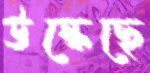
উস্‌কেছে